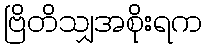
ဗြိတိသျှအစိုးရက